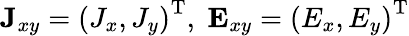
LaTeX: \mathbf{J}_{xy}=\left(J_{x},J_{y}\right)^{\mathrm{T}},\; \mathbf{E}_{xy}=\left(E_{x},E_{y}\right)^{\mathrm{T}}